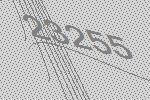
23255